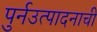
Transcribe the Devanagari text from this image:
पुर्नउत्पादनाची